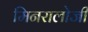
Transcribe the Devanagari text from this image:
मिनरालोजी